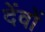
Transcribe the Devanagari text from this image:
देंवों